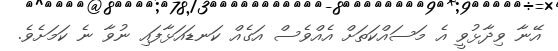
އޭނާ ވިދާޅުވީ އެ މަސައްކަތަށް އެއްވެސް އަގެއް ކަނޑައަޅާފައި ނުވާ ނެ ކަމަށެވެ.